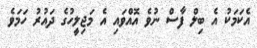
އެކަމަކު އެ ބިލް ފާސް ނުވެ އޮއްވައި އެ މަޖިލީހުގެ ދައުރު ހަމަވެ